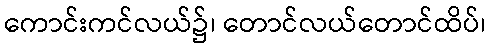
ကောင်းကင်လယ်၌၊ တောင်လယ်တောင်ထိပ်၊